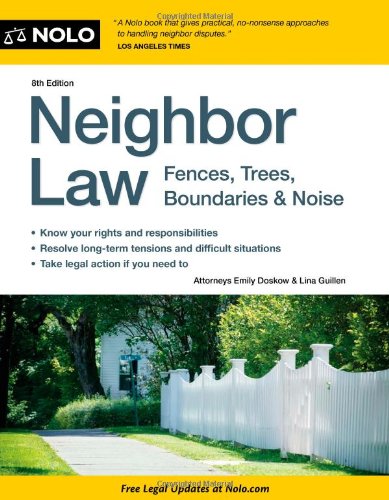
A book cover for Neighbor Law: Fences, Trees, Boundaries & Noise; Emily Doskow; Business & Money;